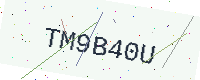
Text: TM9B40U